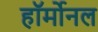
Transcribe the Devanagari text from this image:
हॉर्मोनल